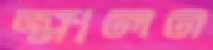
ক্ষালন